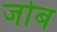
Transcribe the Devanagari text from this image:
जोब